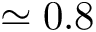
\simeq 0 . 8